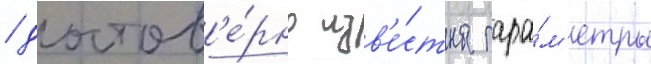
/ достов'е́рно изв'е́стны пара́м'етры